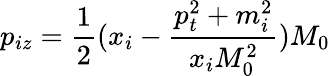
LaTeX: p_{iz}=\frac{1}{2}(x_{i}-\frac{p_{t}^{2}+m_{i}^{2}}{x_{i}M_{0}^{2}})M_{0}